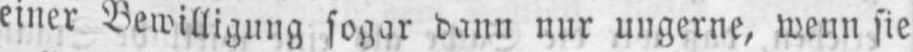
einer Bewilligung sogar dann nur ungerne, wenn sie